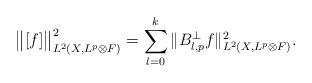
LaTeX: \begin{align*}\big\| [f] \big\|_{L^2(X, L^p \otimes F)}^2=\sum_{l = 0}^{k} \| B_{l, p}^{\perp} f \|_{L^2(X, L^p \otimes F)}^2.\end{align*}